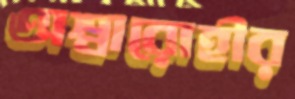
অশ্বারোহীর